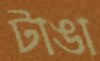
টাঙা